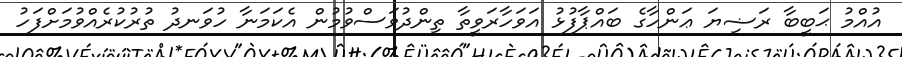
އުއްމު ޙަބީބާ ރަޟިޔަ ޢަންހާގެ ބައްޕާފުޅު އަވަހާރަވީތާ ތިންދުވަސްވުމުން އެކަަމަނާ ހުވަނދު ތުރުކުރެއްވުމަށްފަހު